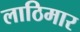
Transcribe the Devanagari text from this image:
लाठिमार